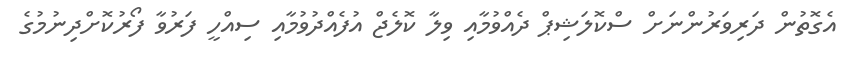
އެގޮތުން ދަރިވަރުންނަށް ސްކޮލަޝިޕް ދެއްވުމާއި ވިލާ ކޮލެޖް އުފެއްދުވުމާއި ސިއްހީ ފަރުވާ ފޯރުކޮށްދިނުމުގެ